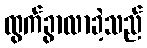
ထွက်ခွာလာခဲ့သည်